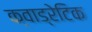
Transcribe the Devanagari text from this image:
क्वाड्रेटिक